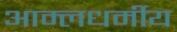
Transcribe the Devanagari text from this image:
आम्लधर्मीय